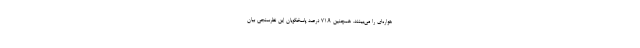
هواره‌­ای را می­‌بینند. همچنین ۷۱.۹ درصد پاسخگویان این نظرسنجی بیان